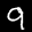
Label: 9